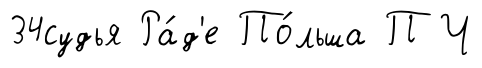
34судья Ра́д'е По́льша ПЧ